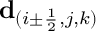
\mathbf { d } _ { ( i \pm \frac { 1 } { 2 } , j , k ) }